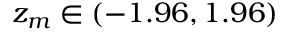
z _ { m } \in ( - 1 . 9 6 , 1 . 9 6 )